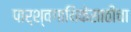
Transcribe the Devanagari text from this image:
पार्श्वगायिकेसाठीचा